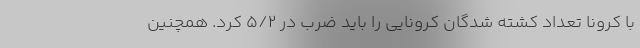
با کرونا تعداد کشته شدگان کرونایی را باید ضرب در 5/2 کرد. همچنین